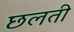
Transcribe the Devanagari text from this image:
छलती